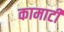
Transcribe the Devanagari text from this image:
कामाटी